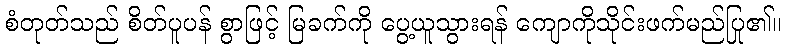
စံတုတ်သည် စိတ်ပူပန် စွာဖြင့် မြခက်ကို ပွေ့ယူသွားရန် ကျောကိုသိုင်းဖက်မည်ပြု၏။